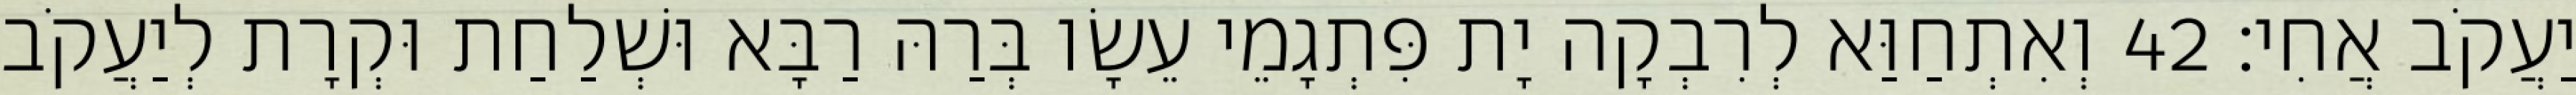
יַעֲקֹב אֲחִי׃ 42 וְאִתְחַוַּא לְרִבְקָה יָת פִּתְגָמֵי עֵשָׂו בְּרַהּ רַבָּא וּשְׁלַחַת וּקְרָת לְיַעֲקֹב